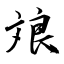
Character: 斏